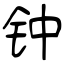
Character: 钟